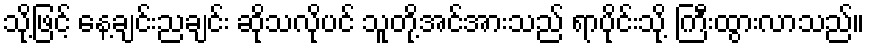
သို့ဖြင့် နေ့ချင်းညချင်း ဆိုသလိုပင် သူတို့အင်အားသည် ရာပိုင်းသို့ ကြီးထွားလာသည်။